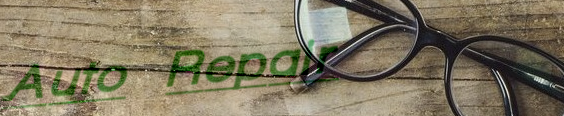
Auto Repair